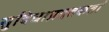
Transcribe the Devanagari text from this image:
सुविधाप्रदत्तकर्ता